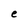
Character: e